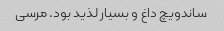
ساندویچ داغ و بسیار لذید بود. مرسی